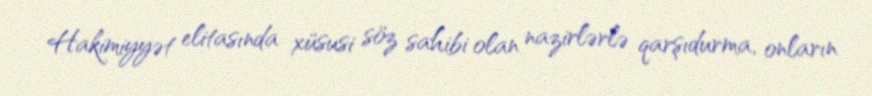
Hakimiyyət elitasında xüsusi söz sahibi olan nazirlərlə qarşıdurma, onların